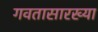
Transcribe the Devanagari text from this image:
गवतासारख्या